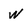
Character: W